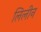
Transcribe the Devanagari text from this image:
लिलीन